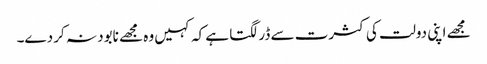
مجھے اپنی دولت کی کثرت سے ڈر لگتا ہے کہ کہیں وہ مجھے نابود نہ کر دے۔